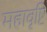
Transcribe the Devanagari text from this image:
महावृष्टि